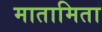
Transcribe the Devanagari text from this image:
मातामिता